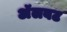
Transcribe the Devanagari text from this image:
अॅलबट